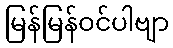
မြန်မြန်ဝင်ပါဗျာ